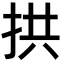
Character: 拱